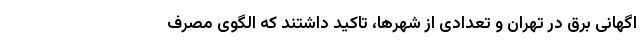
اگهانی برق در تهران و تعدادی از شهرها، تاکید داشتند که الگوی مصرف